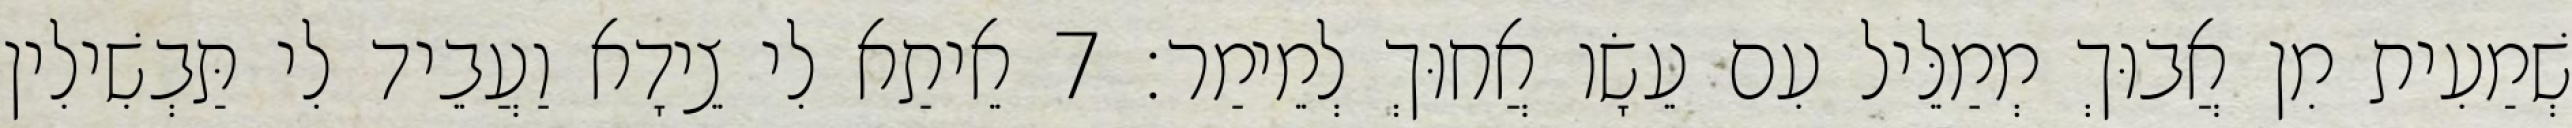
שְׁמַעִית מִן אֲבוּךְ מְמַלֵּיל עִם עֵשָׂו אֲחוּךְ לְמֵימַר׃ 7 אֵיתַא לִי צֵידָא וַעֲבֵיד לִי תַּבְשִׁילִין